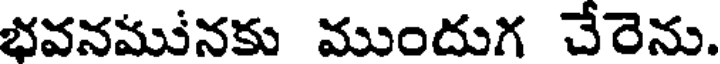
భవనమునకు ముందుగ చేరెను.